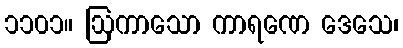
၁၁၀၁။ ဩကာသော ကာရဏေ ဒေသေ၊